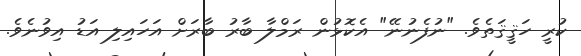
ކުރީ ހަޤީޤަތެވެ. "ނުފެނުނޭ" އެކޮޅުން ރަމްލާ ބާރު ބާރަށް އަހައިލި އަޑު އިވުނެވެ.